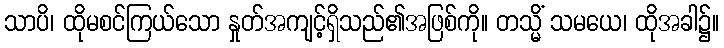
သာပိ၊ ထိုမစင်ကြယ်သော နှုတ်အကျင့်ရှိသည်၏အဖြစ်ကို။ တသ္မိံ သမယေ၊ ထိုအခါ၌။